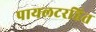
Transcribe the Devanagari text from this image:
पायलटरहित